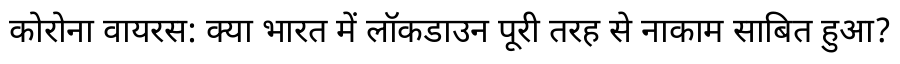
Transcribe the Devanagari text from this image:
कोरोना वायरस: क्या भारत में लॉकडाउन पूरी तरह से नाकाम साबित हुआ?